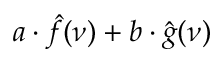
a \cdot { \hat { f } } ( \nu ) + b \cdot { \hat { g } } ( \nu )